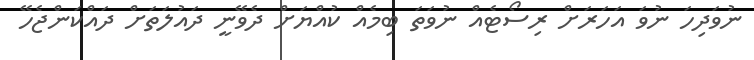
ނުވަދިހަ ނުވަ އަހަރަށް ރިސޯޓެއް ނުވަތަ ބިމެއް ކުއްޔަށް ދެވޭނީ ދައުލަތަށް ދައްކަންޖެހޭ